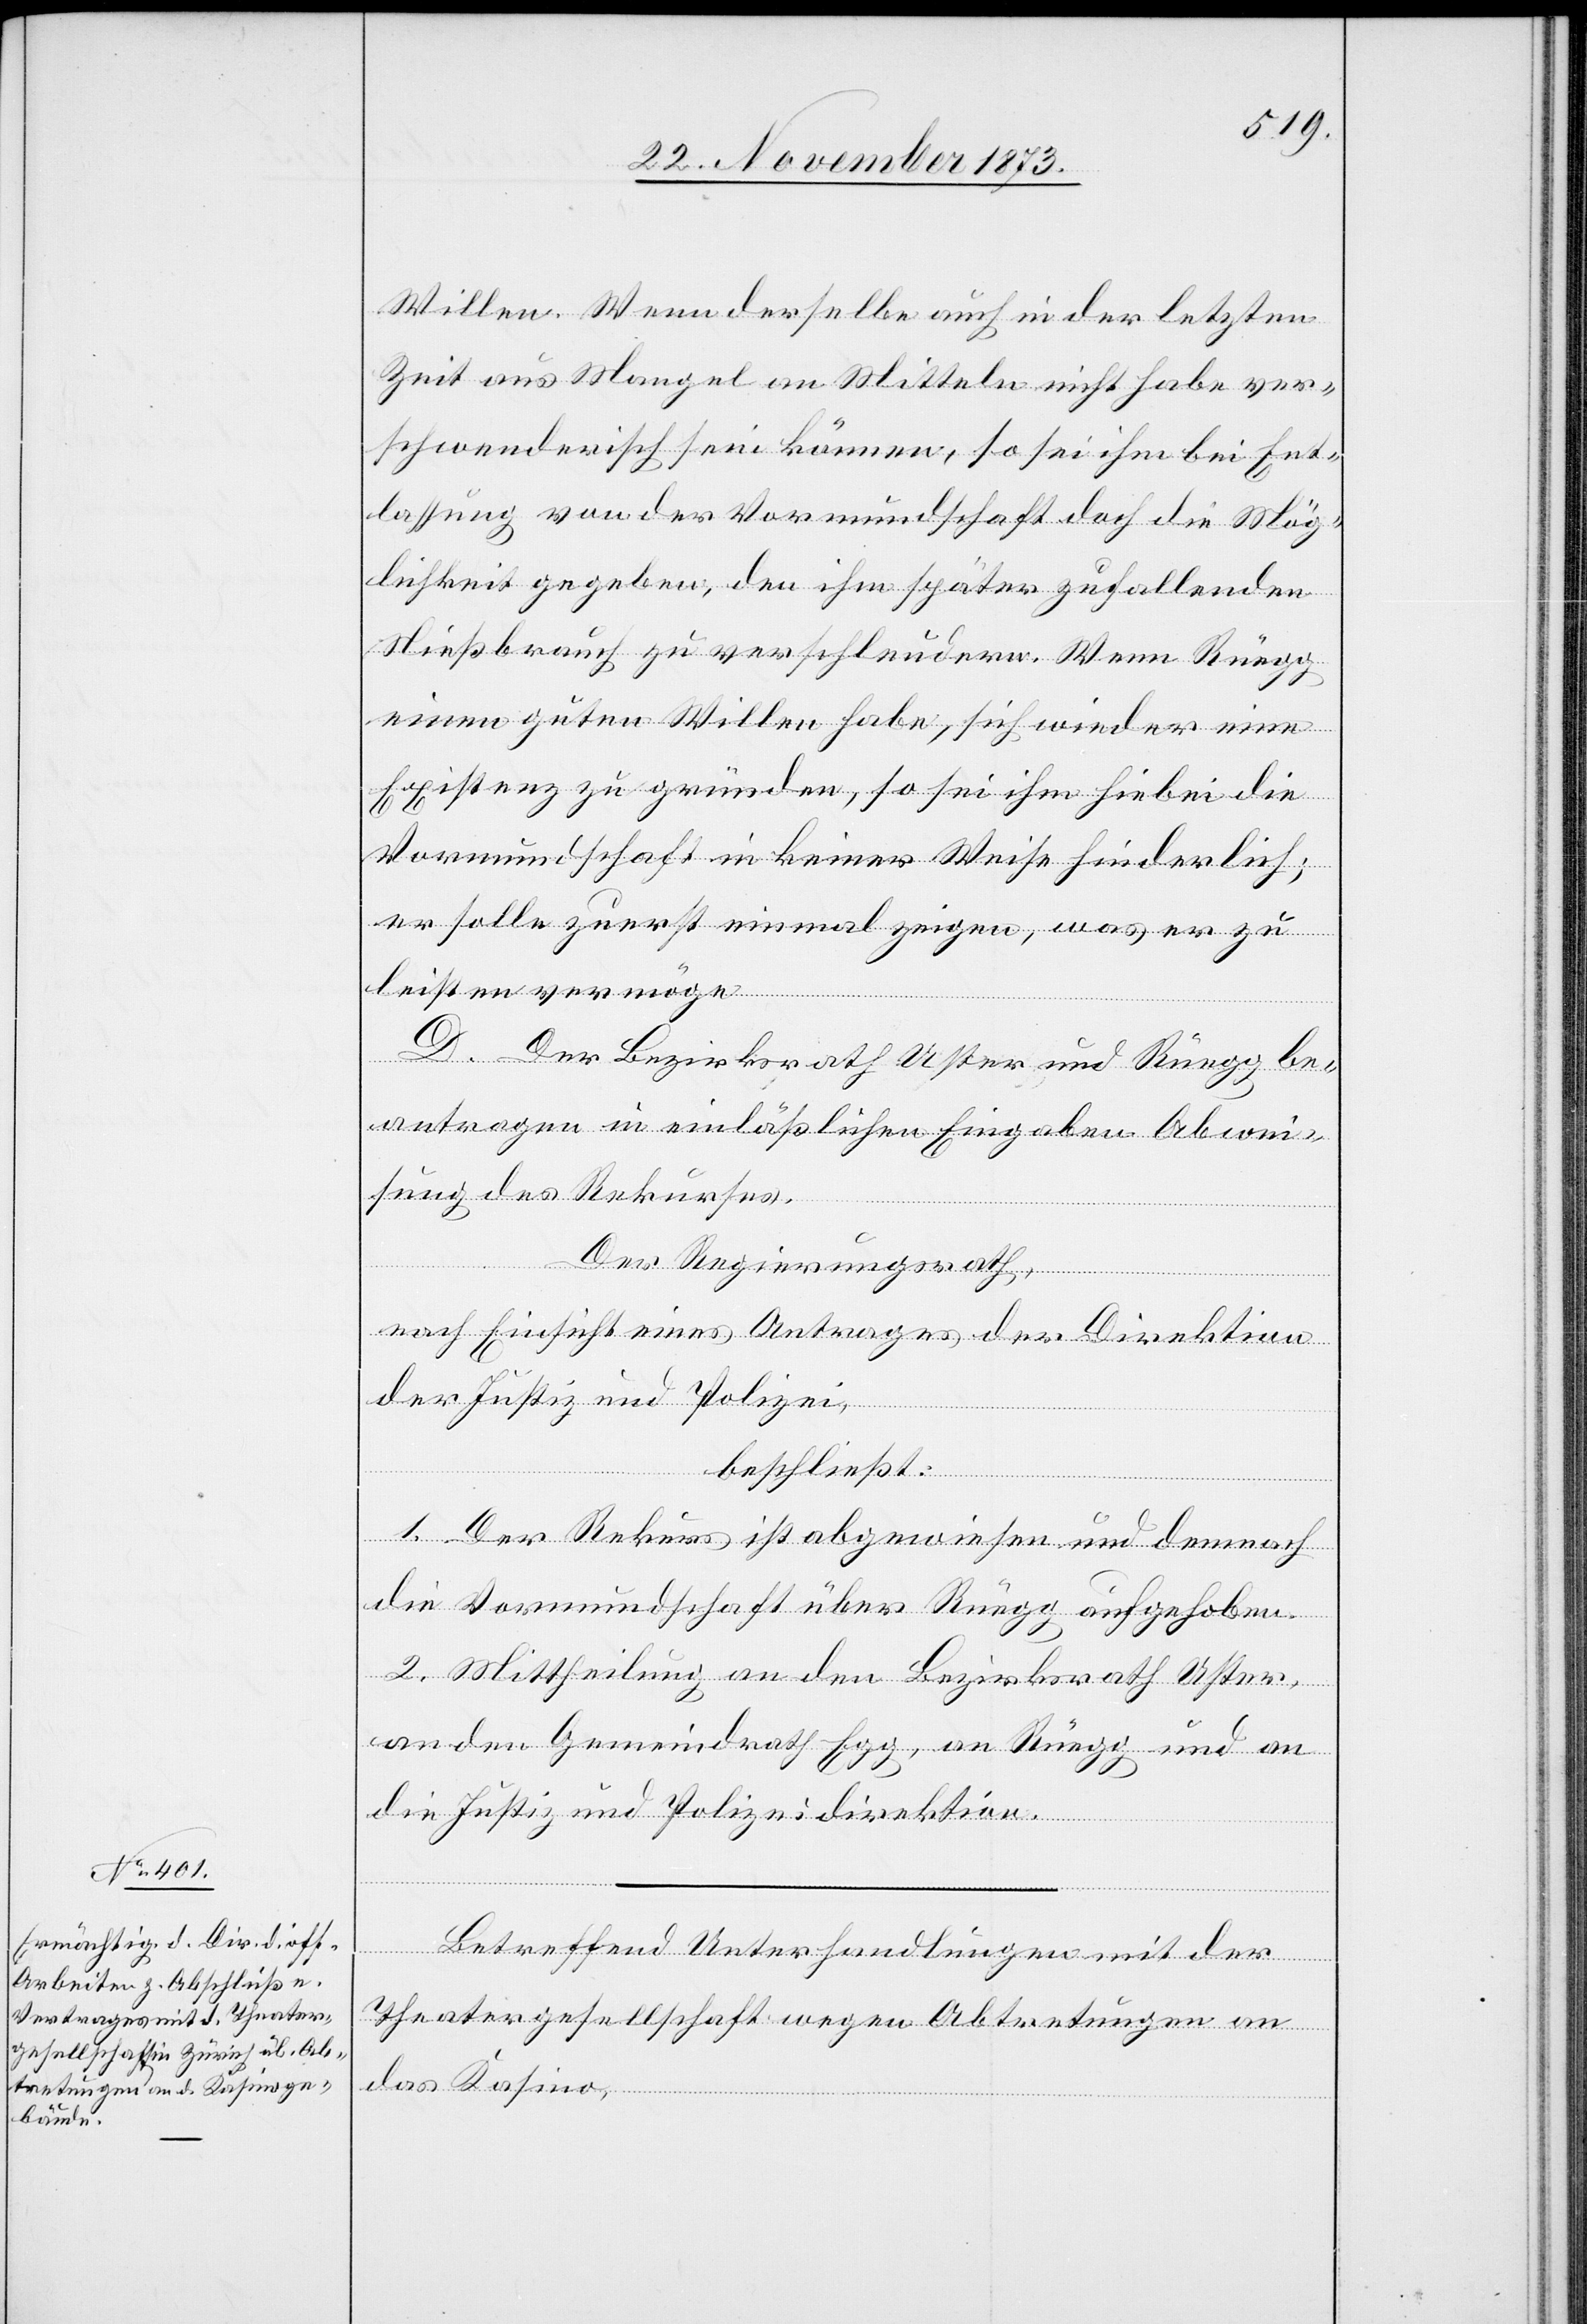
Willen. Wenn derselbe auch in der letzten
Zeit aus Mangel an Mitteln nicht habe ver¬
schwenderisch sein können, so sei ihm bei Ent¬
lassung von der Vormundschaft doch die Mög¬
lichkeit gegeben, den ihm später zufallenden
Nießbrauch zu verschleudern. Wenn Rüegg
einen guten Willen habe, sich wieder eine
Existenz zu gründen, so sei ihm hiebei die
Vormundschaft in keiner Weise hinderlich;
er solle zuerst einmal zeigen, was er zu
leisten vermöge.
D. Der Bezirksrath Uster und Rüegg be¬
antragen in einläßlichen Eingaben Abwei¬
sung des Rekurses.
Der Regierungsrath,
nach Einsicht eines Antrages der Direktion
der Justiz und Polizei,
beschließt:
1. Der Rekurs ist abgewiesen und demnach
die Vormundschaft über Rüegg aufgehoben.
2. Mittheilung an den Bezirksrath Uster,
an den Gemeindrath Egg, an Rüegg und an
die Justiz- und Polizeidirektion.
Betreffend Unterhandlungen mit der
Theatergesellschaft wegen Abtretungen an
das Kasino,